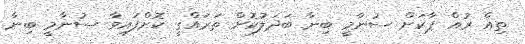
ތިއް ރުއް ޕާކަށް ސުނާމީ ބިނާ ބަދަލުކޮށް ތަރައްގީ ކޮށްފައިވާ ސުނާމީ ބިނާ